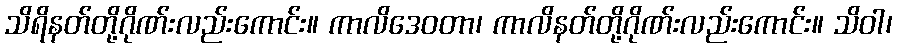
သိရိနတ်တို့ဂိုဏ်းလည်းကောင်း။ ကာလိဒေဝတာ၊ ကာလိနတ်တို့ဂိုဏ်းလည်းကောင်း။ သိဝါ၊